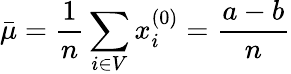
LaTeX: \bar{\mu}=\frac{1}{n}\sum_{i\in V}x_{i}^{(0)}=\frac{a-b}{n}